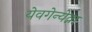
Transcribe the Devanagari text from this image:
येवगेन्येव्ना